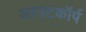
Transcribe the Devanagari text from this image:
आउटकॉर्प